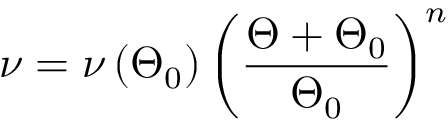
\nu = \nu \left( \Theta _ { 0 } \right) \left( \frac { \Theta + \Theta _ { 0 } } { \Theta _ { 0 } } \right) ^ { n }